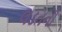
લડતની